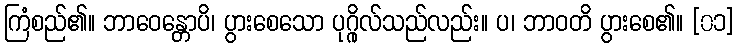
ကြံစည်၏။ ဘာဝေန္တောပိ၊ ပွားစေသော ပုဂ္ဂိုလ်သည်လည်း။ ပ၊ ဘာဝတိ ပွားစေ၏။ [၀၁]